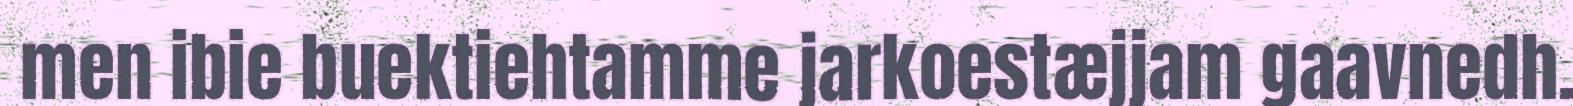
men ibie buektiehtamme jarkoestæjjam gaavnedh.